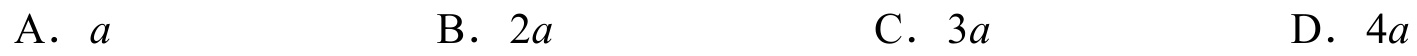
A. \(a\)  \(\qquad\) B. \(2a\)  \(\qquad\) C. \(3a\)  \(\qquad\) D. \(4a\)